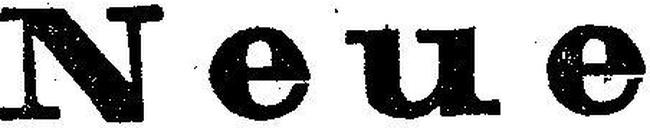
Neue